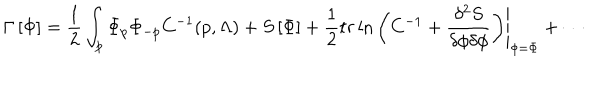
LaTeX: \Gamma \left[ \Phi \right] = \frac { 1 } { 2 } \int _ { p } \Phi _ { p } \Phi _ { - p } C ^ { - 1 } ( p , \Lambda ) + S \left[ \Phi \right] + \frac { 1 } { 2 } { t r } \ln \left. \left( C ^ { - 1 } + \frac { \delta ^ { 2 } S } { \delta \phi \delta \phi } \right) \right| _ { \phi = \Phi } + \cdots